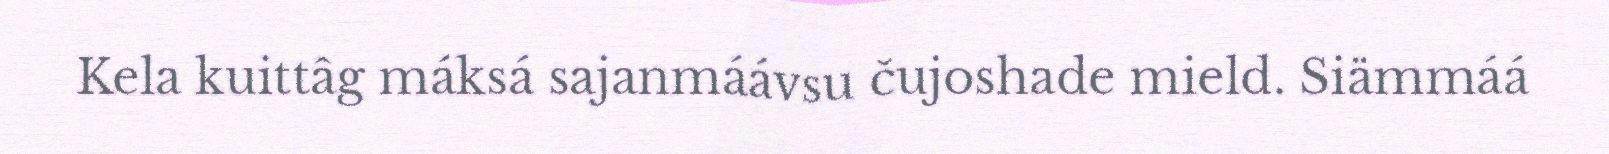
Kela kuittâg máksá sajanmáávsu čujoshade mield. Siämmáá